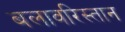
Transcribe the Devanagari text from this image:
बलावरिस्तान